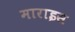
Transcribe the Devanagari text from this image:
माराइस